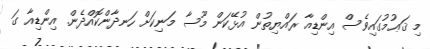
މި ޤަޢުމުގައިވެސް އިންޑިއާ ރައްޔިތުން އުޅޭކަން މޫސާ މަނިކަށް ހަނދާންކޮއްދެން. އިންޑިއާ ގަ